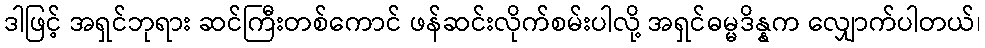
ဒါဖြင့် အရှင်ဘုရား ဆင်ကြီးတစ်ကောင် ဖန်ဆင်းလိုက်စမ်းပါလို့ အရှင်ဓမ္မဒိန္နက လျှောက်ပါတယ်၊